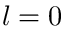
l = 0